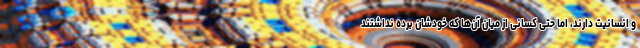
و انسانیت دارند، اما حتی کسانی از میان آن‌ها که خودشان برده نداشتند